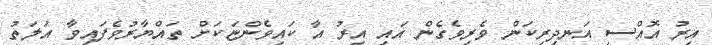
އިރު އޮއްސި އަނދިރިކަން ވެރިވެގެން އައި އިރު އާ ކައިވެންޏަކަށް ތައްޔާރުވެފައިވާ އަލަތު